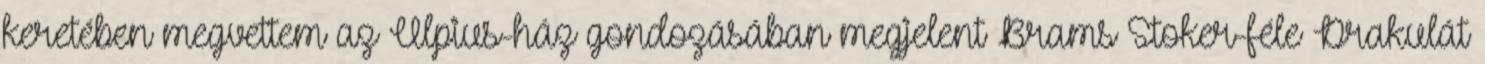
keretében megvettem az Ulpius-ház gondozásában megjelent Brams Stoker-féle Drakulát